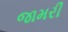
જામરી